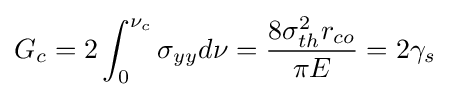
G_{c}=2\int _{0}^{\nu _{c}}\sigma _{yy}d\nu ={\frac {8\sigma _{th}^{2}r_{co}}{\pi E}}=2\gamma _{s}